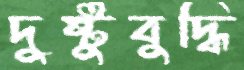
দুষ্টুবুদ্ধি